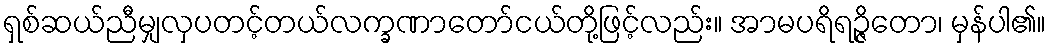
ရှစ်ဆယ်ညီမျှလှပတင့်တယ်လက္ခဏာတော်ငယ်တို့ဖြင့်လည်း။ အာမပရိရဉ္ဇိတော၊ မှန်ပါ၏။